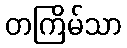
တကြိမ်သာ